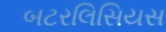
બટરલિસિયસ